Vaccination in Bombay 1874-1876 - 1874-1876
Year: 1874
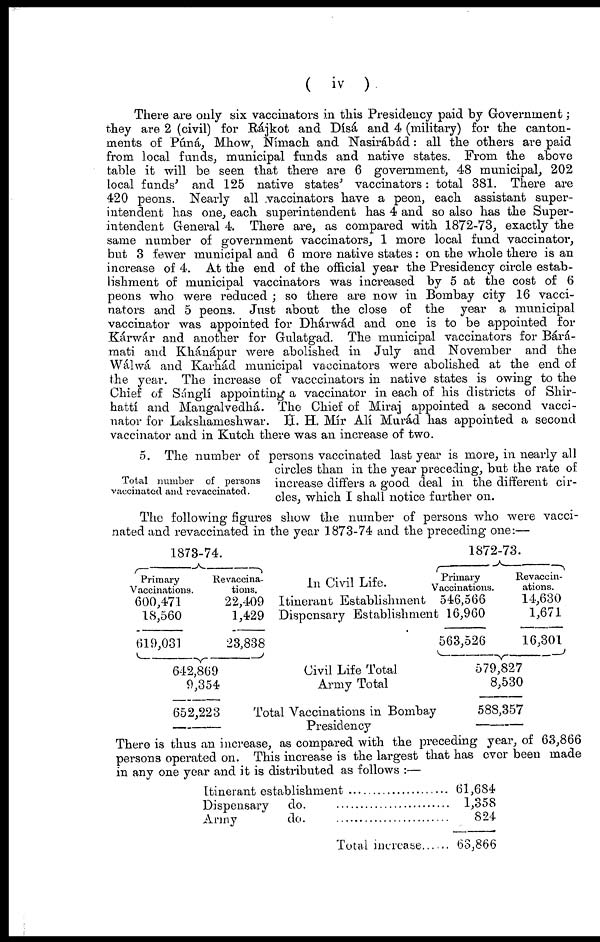
( iv )
There are only six vaccinators in this Presidency paid by Government;
they are 2 (civil) for Rájkot and Dísá and 4 (military) for the canton-
ments of Púná, Mhow, Nímach and Nasirábád: all the others are paid
from local funds, municipal funds and native states. From the above
table it will be seen that there are 6 government, 48 municipal, 202
local funds' and 125 native states' vaccinators: total 381. There are
420 peons. Nearly all vaccinators have a peon, each assistant super-
intendent has one, each superintendent has 4 and so also has the Super-
intendent General 4. There are, as compared with 1872-73, exactly the
same number of government vaccinators, 1 more local fund vaccinator,
but 3 fewer municipal and 6 more native states : on the whole there is an
increase of 4. At the end of the official year the Presidency circle estab-
lishment of municipal vaccinators was increased by 5 at the cost of 6
peons who were reduced ; so there are now in Bombay city 16 vacci-
nators and 5 peons. Just about the close of the year a municipal
vaccinator was appointed for Dhárwád and one is to be appointed for
Kárwár and another for Gulatgad. The municipal vaccinators for Bárá-
mati and Khánápur were abolished in July and November and the
Wálwá and Karhád municipal vaccinators were abolished at the end of
the year. The increase of vaccinators in native states is owing to the
Chief of Sánglí appointing a vaccinator in each of his districts of Shir-
hattí and Mangalvedhá. The Chief of Miraj appointed a second vacci-
nator for Lakshameshwar. H. H. Mír Alí Murád has appointed a second
vaccinator and in Kutch there was an increase of two.
Total number of persons
vaccinated and revaccinated.
5. The number of persons vaccinated last year is more, in nearly all
circles than in the year preceding, but the rate of
increase differs a good deal in the different cir-
cles, which I shall notice further on.
The following figures show the number of persons who were vacci-
nated and revaccinated in the year 1873-74 and the preceding one:—
1873-74.
Primary
Vaccinations.
600,471
18,560
619,031
Revaccina-
tions.
22,409
1,429
23,838
642,869
9,354
652,223
In Civil Life.
Itinerant Establishment
Dispensary Establishment
Civil Life Total
Army Total
Total Vaccinations in Bombay
Presidency
1872-73.
Primary
Vaccinations.
546,566
16,960
563,526
Revaccin-
ations.
14,630
1,671
16,301
579,827
8,530
588,357
There is thus an increase, as compared with the preceding year, of 63,866
persons operated on. This increase is the largest that has over been made
in any one year and it is distributed as follows :—
Itinerant establishment .....................
Dispensary do. ....................
Army do . ....................
Total increase......
61,684
1,358
824
63,866